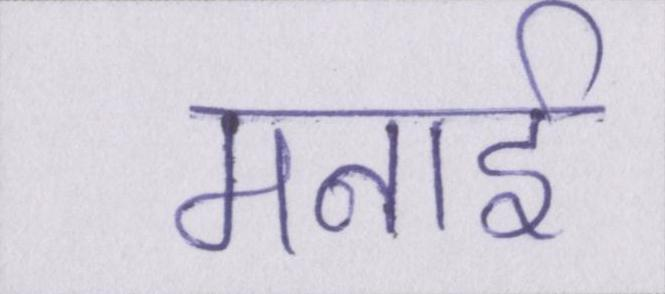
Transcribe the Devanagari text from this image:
मनाई